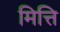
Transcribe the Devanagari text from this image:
मित्ति